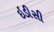
ઇડીસી